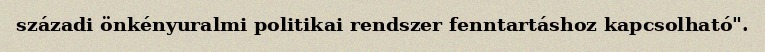
századi önkényuralmi politikai rendszer fenntartáshoz kapcsolható".